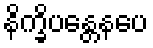
နိက္ခိပန္တေနပေ